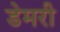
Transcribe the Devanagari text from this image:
डेमरी